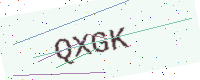
Text: QXGK